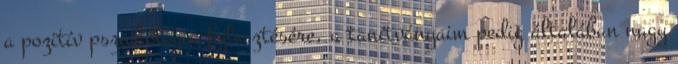
a pozitív pszichológia fejlesztésére, a tanítványaim pedig általában nagy